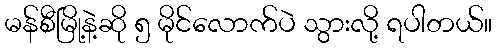
မန်စီမြို့နဲ့ဆို ၅ မိုင်လောက်ပဲ သွားလို့ ရပါတယ်။